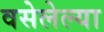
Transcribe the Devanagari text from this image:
वसेलेल्या